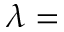
\lambda =